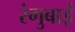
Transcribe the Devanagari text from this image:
रंगुबाई